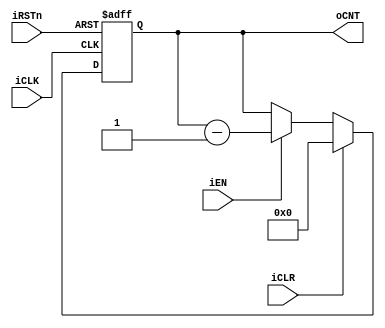
//********************************************************************************************************
//
//  Title             : COUNTER GENERATION
//  Related document  : TM-2008-XX-XX.hwp/doc/ppt/vsd
//  Organization      : SoC Design Lab.
//                      School of Electrics, Telecommunications and Computer Engineering (ETCE)
//                      Korea Aerospace University (KAU)
//
//  Simulator         : ModelSim SE 6.1b
//  Synthesizer       : Synopsys 2004 SP2
//
//  Created date      : 2009-04-07
//  Last updated date : 2009-xx-xx
//  Update notice     : {date} - {comments}
//
//  Version           : Ver0.0
//  Description       : count form IV to ECV
//********************************************************************************************************/

`timescale 1 ns / 100 ps

module COUNTER_NECV_DOWN(iCLK,
                         iRSTn,
                         iEN,
                         iCLR,
                         oCNT);
    
    parameter WL = 8;
    parameter IV = 0; // initial value
    
    
    input	       		iCLK;
    input	       		iRSTn;
    input	     		iCLR;
    input	       		iEN;
    output	[WL-1:0]	oCNT;
    
    reg		[WL-1:0]	oCNT;
    
    always @(negedge iRSTn or posedge iCLK)
    begin
        if (~iRSTn)
        begin
            oCNT <= #1 IV ;
        end
        else if (iCLR)
        begin
            oCNT <= #1 IV ;
        end
        else if (iEN)
        begin
            oCNT <= #1 oCNT-1'b1;
        end
        else
        begin
            oCNT <= #1 oCNT;
        end
    end
    
endmodule